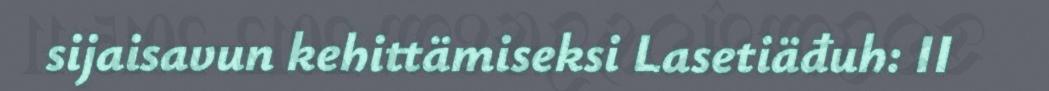
sijaisavun kehittämiseksi Lasetiäđuh: II